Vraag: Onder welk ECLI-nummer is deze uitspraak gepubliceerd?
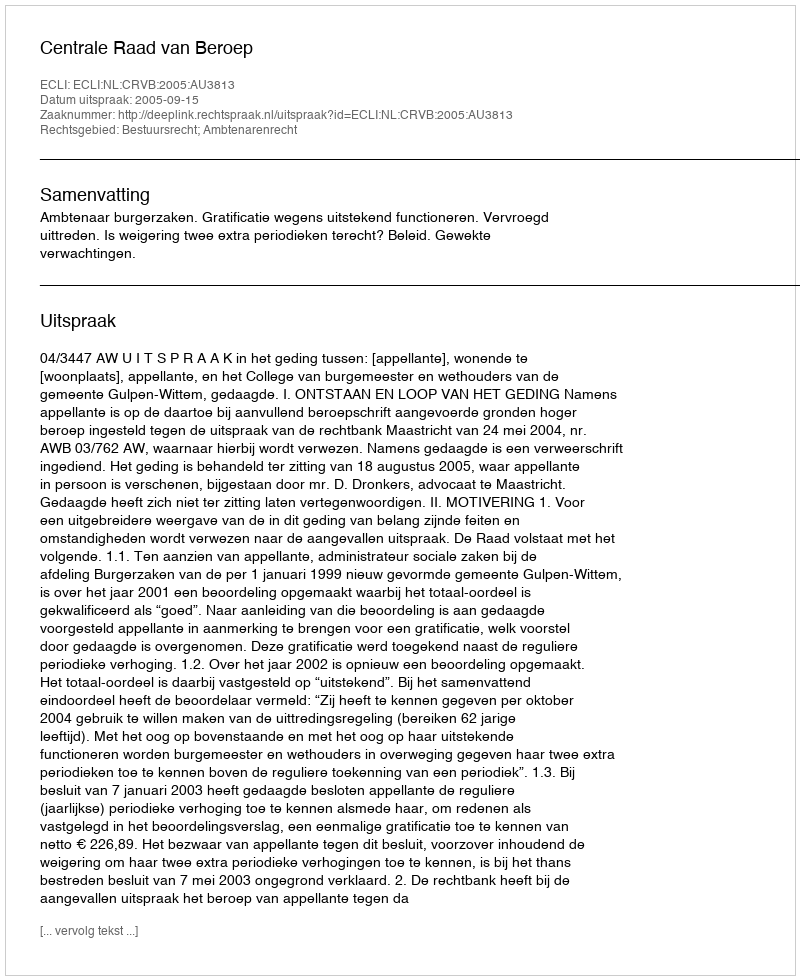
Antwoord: ECLI:NL:CRVB:2005:AU3813